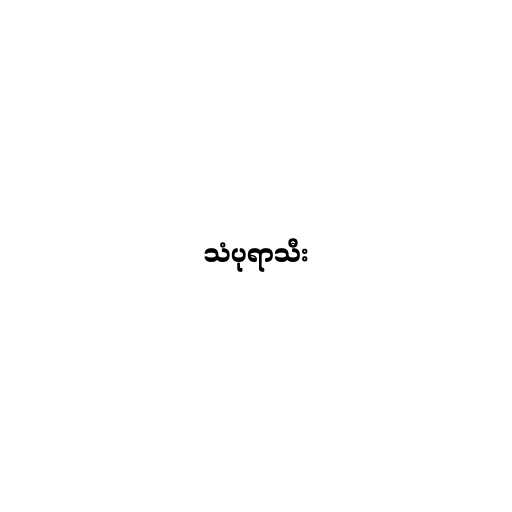
သံပုရာသီး